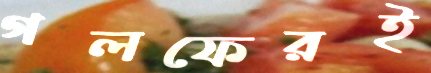
গলফেরই